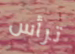
ترأس